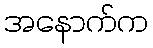
အနောက်က